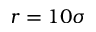
r = 1 0 \sigma